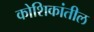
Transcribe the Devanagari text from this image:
कोशिकांतील